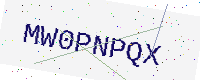
Text: MW0PNPQX